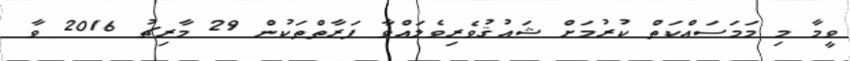
ވީމާ މި މަމަސައްކަތް ކުރުމަށް ޝައުޤުވެރިވެލައްވާ ފަރާތްތަކުން 29 މާރިޗު 2016 ވާ